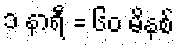
၁ နာရီ = ၆၀ မိနစ်